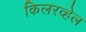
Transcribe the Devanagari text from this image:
किलरव्हेल